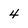
Character: 4